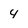
Character: 4